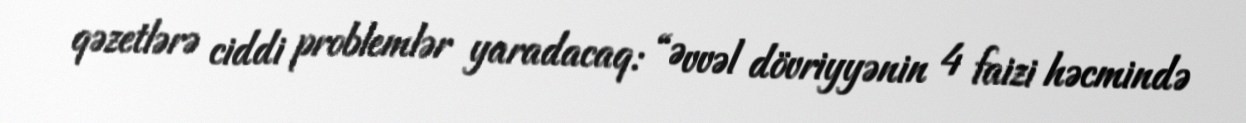
qəzetlərə ciddi problemlər yaradacaq: “Əvvəl dövriyyənin 4 faizi həcmində